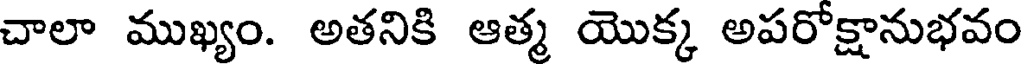
చాలా ముఖ్యం. అతనికి ఆత్మ యొక్క అపరోక్షానుభవం